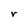
Character: r